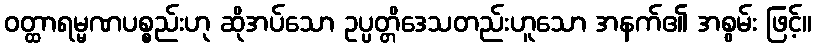
ဝတ္ထာရမ္မဏပစ္စည်းဟု ဆိုအပ်သော ဥပ္ပတ္တိဒေသတည်းဟူသော အနက်၏ အစွမ်း ဖြင့်။